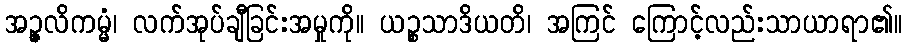
အဉ္ဇလိကမ္မံ၊ လက်အုပ်ချီခြင်းအမှုကို။ ယဉ္စသာဒိယတိ၊ အကြင် ကြောင့်လည်းသာယာရာ၏။